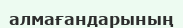
алмағандарының